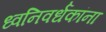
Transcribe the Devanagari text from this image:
ध्वनिवर्धकांना